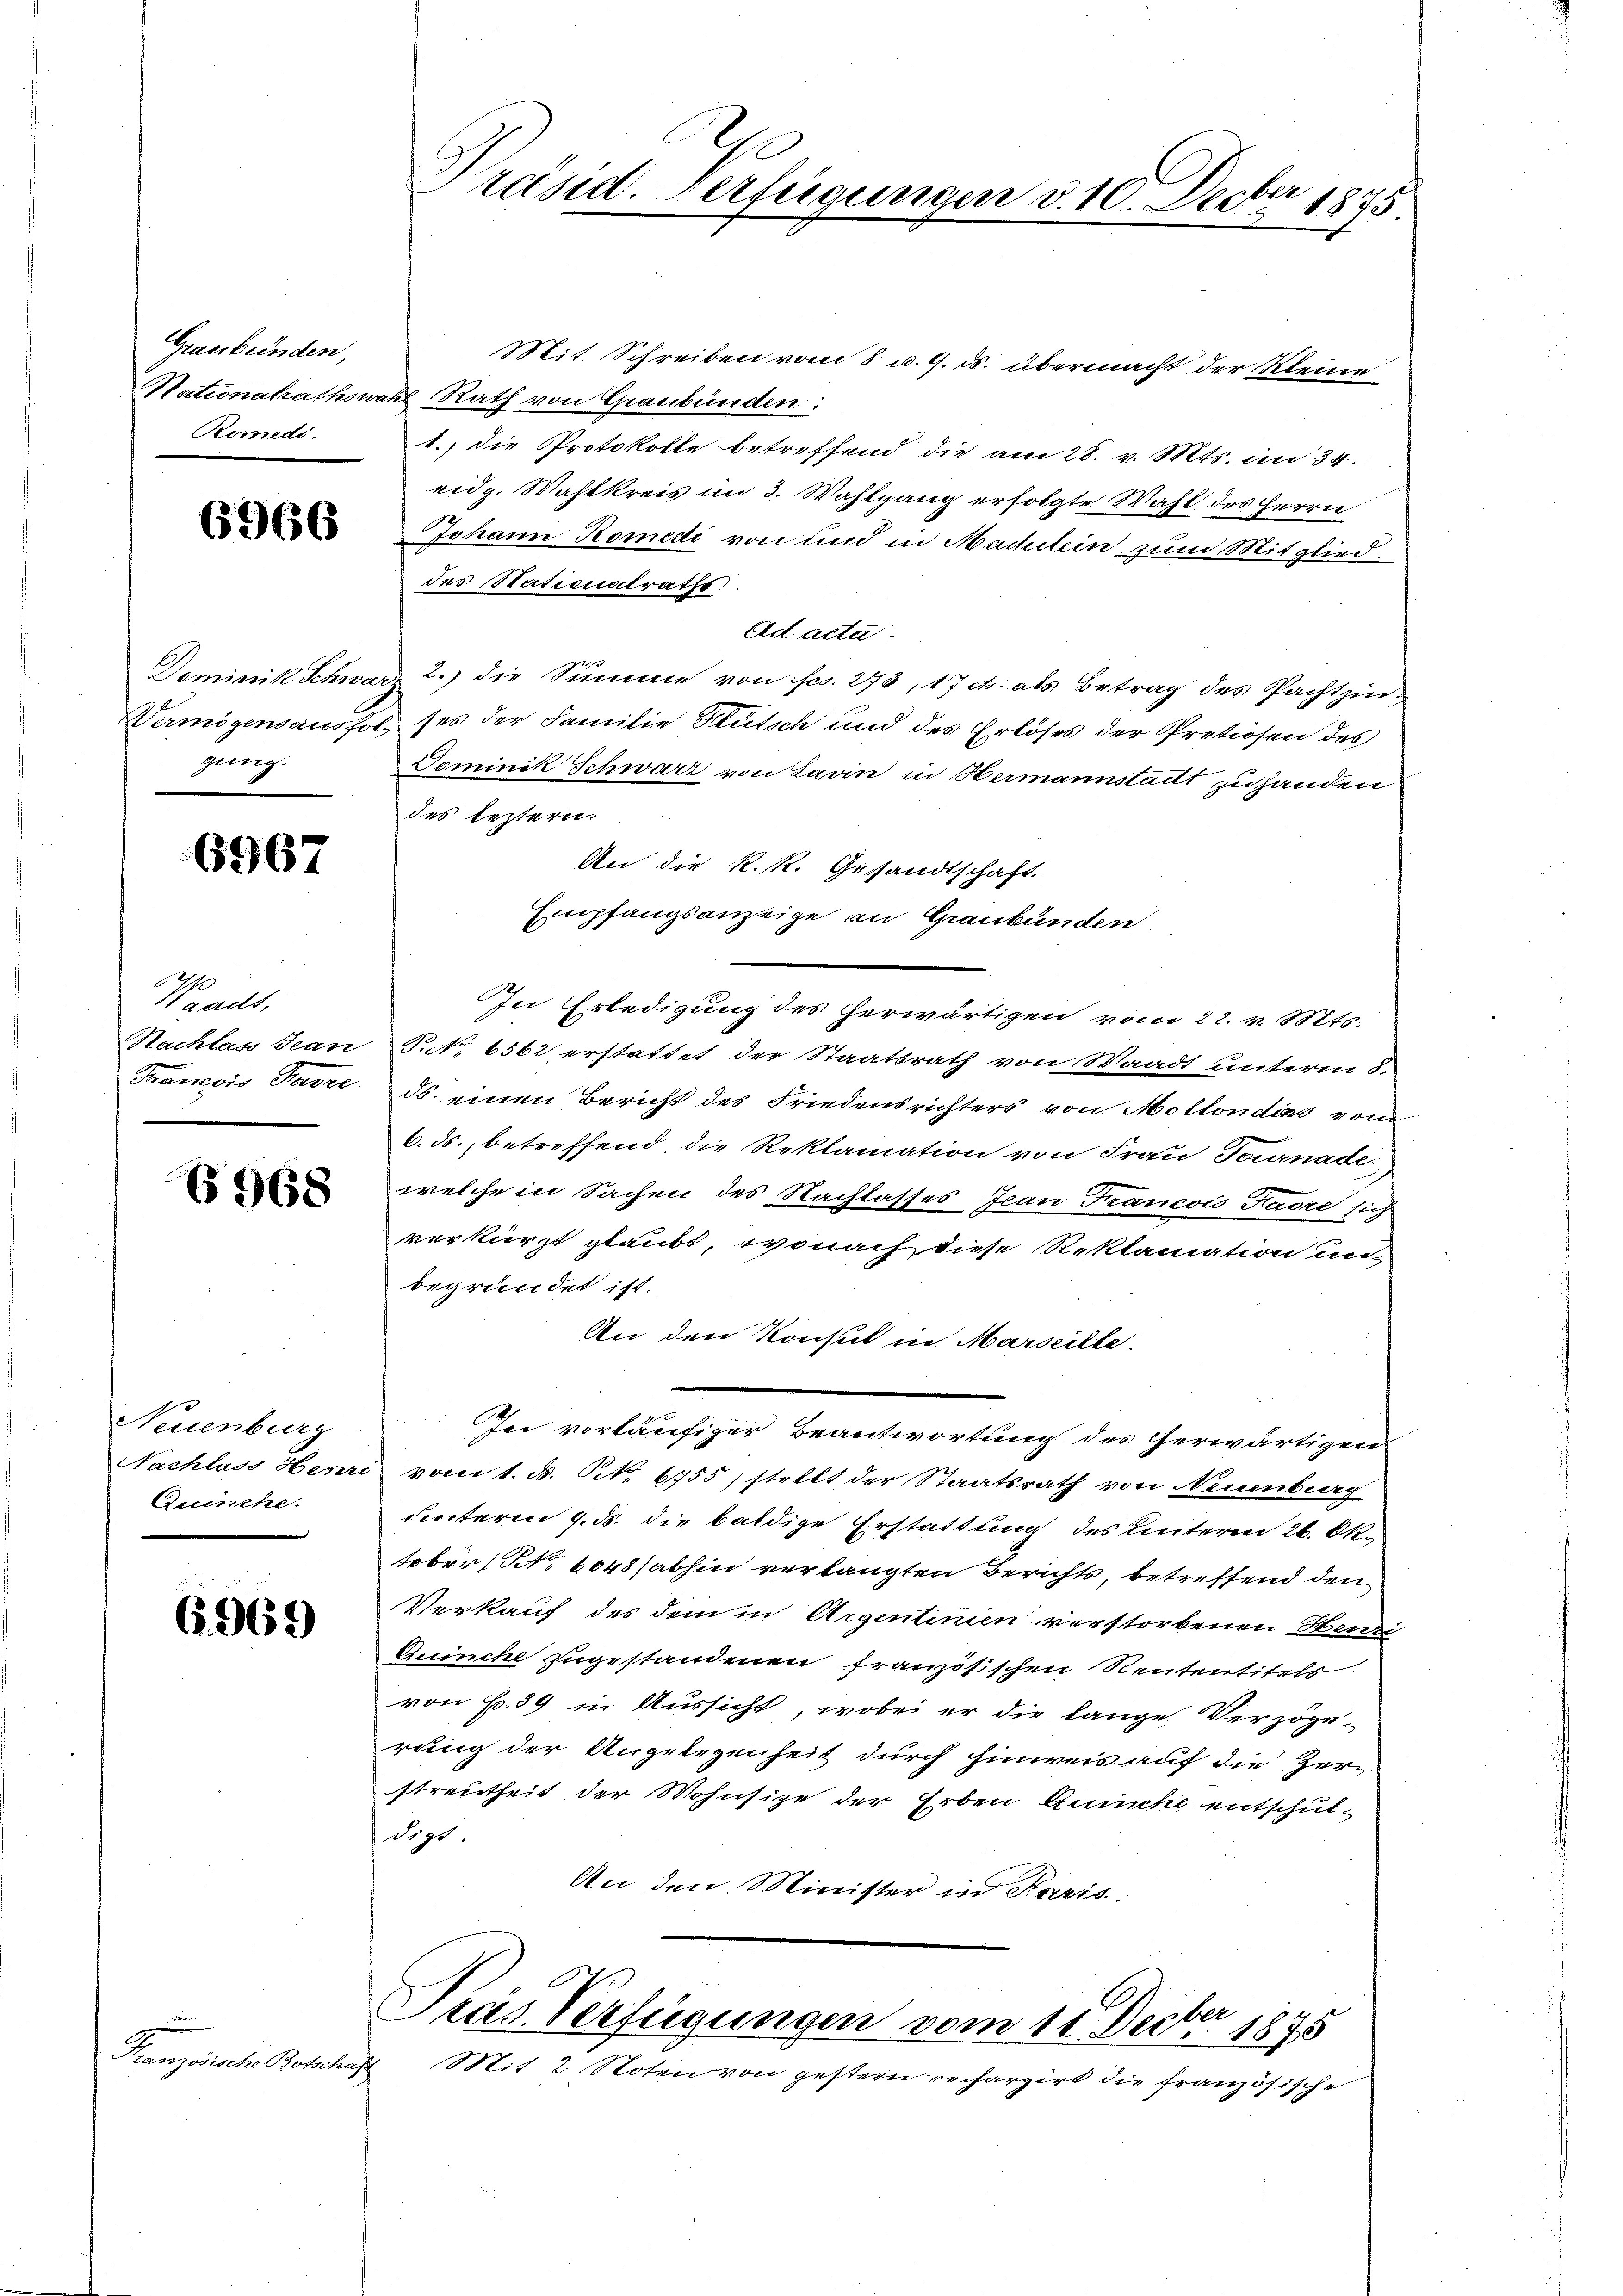
Graubünden,
Remedi

6966

ging.

6967

Waadt,

6968

Neuenburg
Quinche.

6969

.
Französische Botscha

Mit. Schreiben vom 8. u. 9. ds. übermacht der Kleine
Stationalrathswahl Rath von Graubünden:
1.) die Protokolle betreffend die am 28. v. Mts. an 34.
eidg. Wahlkreis im 3. Wahlgang erfolgte Wahl des Herrn
Johann Romedi von und in Machtein zum Mitglieddes Stationalrathe
Ad acta.
Dominik Schwarz 2.) die Summe von fes. 273, 17 et als Betrag des Pachtzin¬
Vermögensaushol, ses der Familie Kutsch und des Erlöses der Pretiosen des
Dominik Schwarz von Lavin in Hermannstadt zu handen
des leztern.
An die R. R. Gesandtschaft.
Empfangsanzeige an Graubünden
In Erledigung des herwärtigen vom 22. v. Mts.
Nachlass Jean P. 6562, erstattet der Staatsrath von Waadt unterm 8.
Tancois Parre. ds. einen Bericht des Friedensrichters von Mollondins vom
6. ds., betreffend, die Reklamation von Frau Teumnade
welche in Sachen des Nachlasses Jean Francois Radre sich
verkürzt glaubt, wonach diese Reklamation un-
begründet ist.
An den Konsul in Marseilte
Je vorläufiger Beantwortung des herwärtigen
Nachlass Henri vom 1. d. S. 6755) stellt der Staatsrath von Neuenburg
Seiteren 9. ds. die baldige Erstattung des Unterm 26. Oktober Nr. 6048 abhin verlangten Berichts, betreffend den
Verkauf des dem in Argentinien verstorbenen Hendi
Quinche zugestandenen französischen Rententitels
von Fr. 39 in Aussicht, wobei er die lange Verzöge-
rung der Angelegenheit durch hinweis auf die Zer-
streutheit der Mohnsitze der Erben Zusche entschuldigt.
An den Minister in Paris
bee
Pras Verfügungen vom 11. Decbr. 1875
h
Mit 2 Noten von gestern rechargirt die französische

Präsid. Verfügungen d. 10. Decber 1875